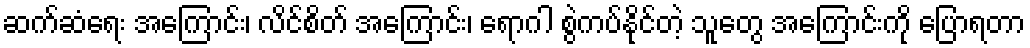
ဆက်ဆံရေး အကြောင်း၊ လိင်စိတ် အကြောင်း၊ ရောဂါ စွဲကပ်နိုင်တဲ့ သူတွေ အကြောင်းကို ပြောရတာ